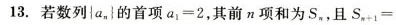
13.若数列\left{a_{n}\right}的首项$$ a _ { 1 } = 2$$， 其前n项和为S_{n}，且 $$S _ { n + 1 } =